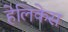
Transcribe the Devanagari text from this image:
हेलिकेस